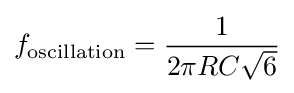
f_{\mathrm {oscillation} }={\frac {1}{2\pi RC{\sqrt {6}}}}